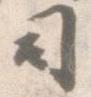
司